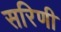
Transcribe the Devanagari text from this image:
सरिणी